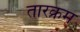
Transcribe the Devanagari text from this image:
तारक्रम